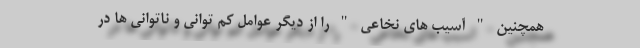
همچنین " آسیب های نخاعی " را از دیگر عوامل کم توانی و ناتوانی ها در